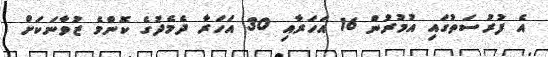
އެ ފުރުސަތުގައި އުމުރުން 16 އަހަރާއި 30 އަހަރާ ދެމެދުގެ ކޮންމެ ޒުވާނަކަށް